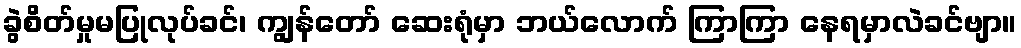
ခွဲစိတ်မှုမပြုလုပ်ခင်၊ ကျွန်တော် ဆေးရုံမှာ ဘယ်လောက် ကြာကြာ နေရမှာလဲခင်ဗျာ။